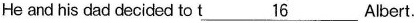
He and his dad decided to t\underline{16} Albert.